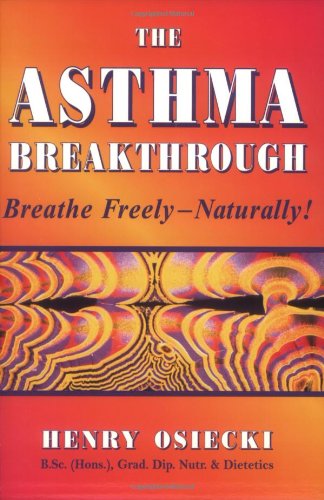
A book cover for The Asthma Breakthrough: Breathe Freely-Naturally!; Henry Osiecki; Health, Fitness & Dieting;